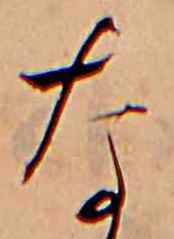
な